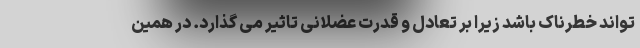
تواند خطرناک باشد زیرا بر تعادل و قدرت عضلانی تاثیر می گذارد. در همین